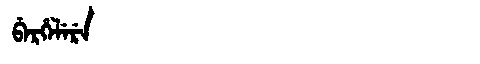
Manchu: ᠪᡝᡵᡥᡝᠯᡝᡵᡝ
Romanization: BERHELERE